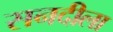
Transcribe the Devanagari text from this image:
सनदीला